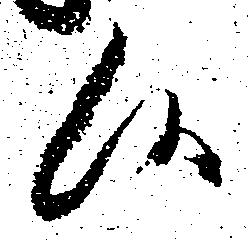
候